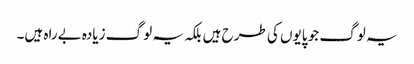
یہ لوگ جو پایوں کی طرح ہیں بلکہ یہ لوگ زیادہ بےراہ ہیں۔